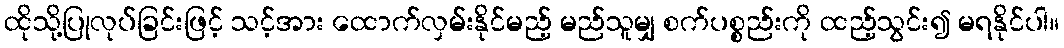
ထိုသို့ပြုလုပ်ခြင်းဖြင့် သင့်အား ထောက်လှမ်းနိုင်မည့် မည်သူမျှ စက်ပစ္စည်းကို ထည့်သွင်း၍ မရနိုင်ပါ။